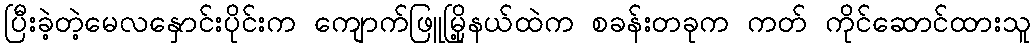
ပြီးခဲ့တဲ့မေလနှောင်းပိုင်းက ကျောက်ဖြူမြို့နယ်ထဲက စခန်းတခုက ကတ် ကိုင်ဆောင်ထားသူ